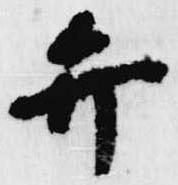
弁